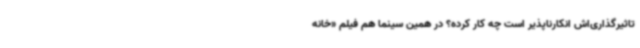
تاثیرگذاری‌اش انکارناپذیر است چه کار کرده؟ در همین سینما هم فیلم «خانه